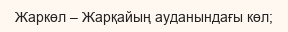
Жаркөл – Жарқайың ауданындағы көл;